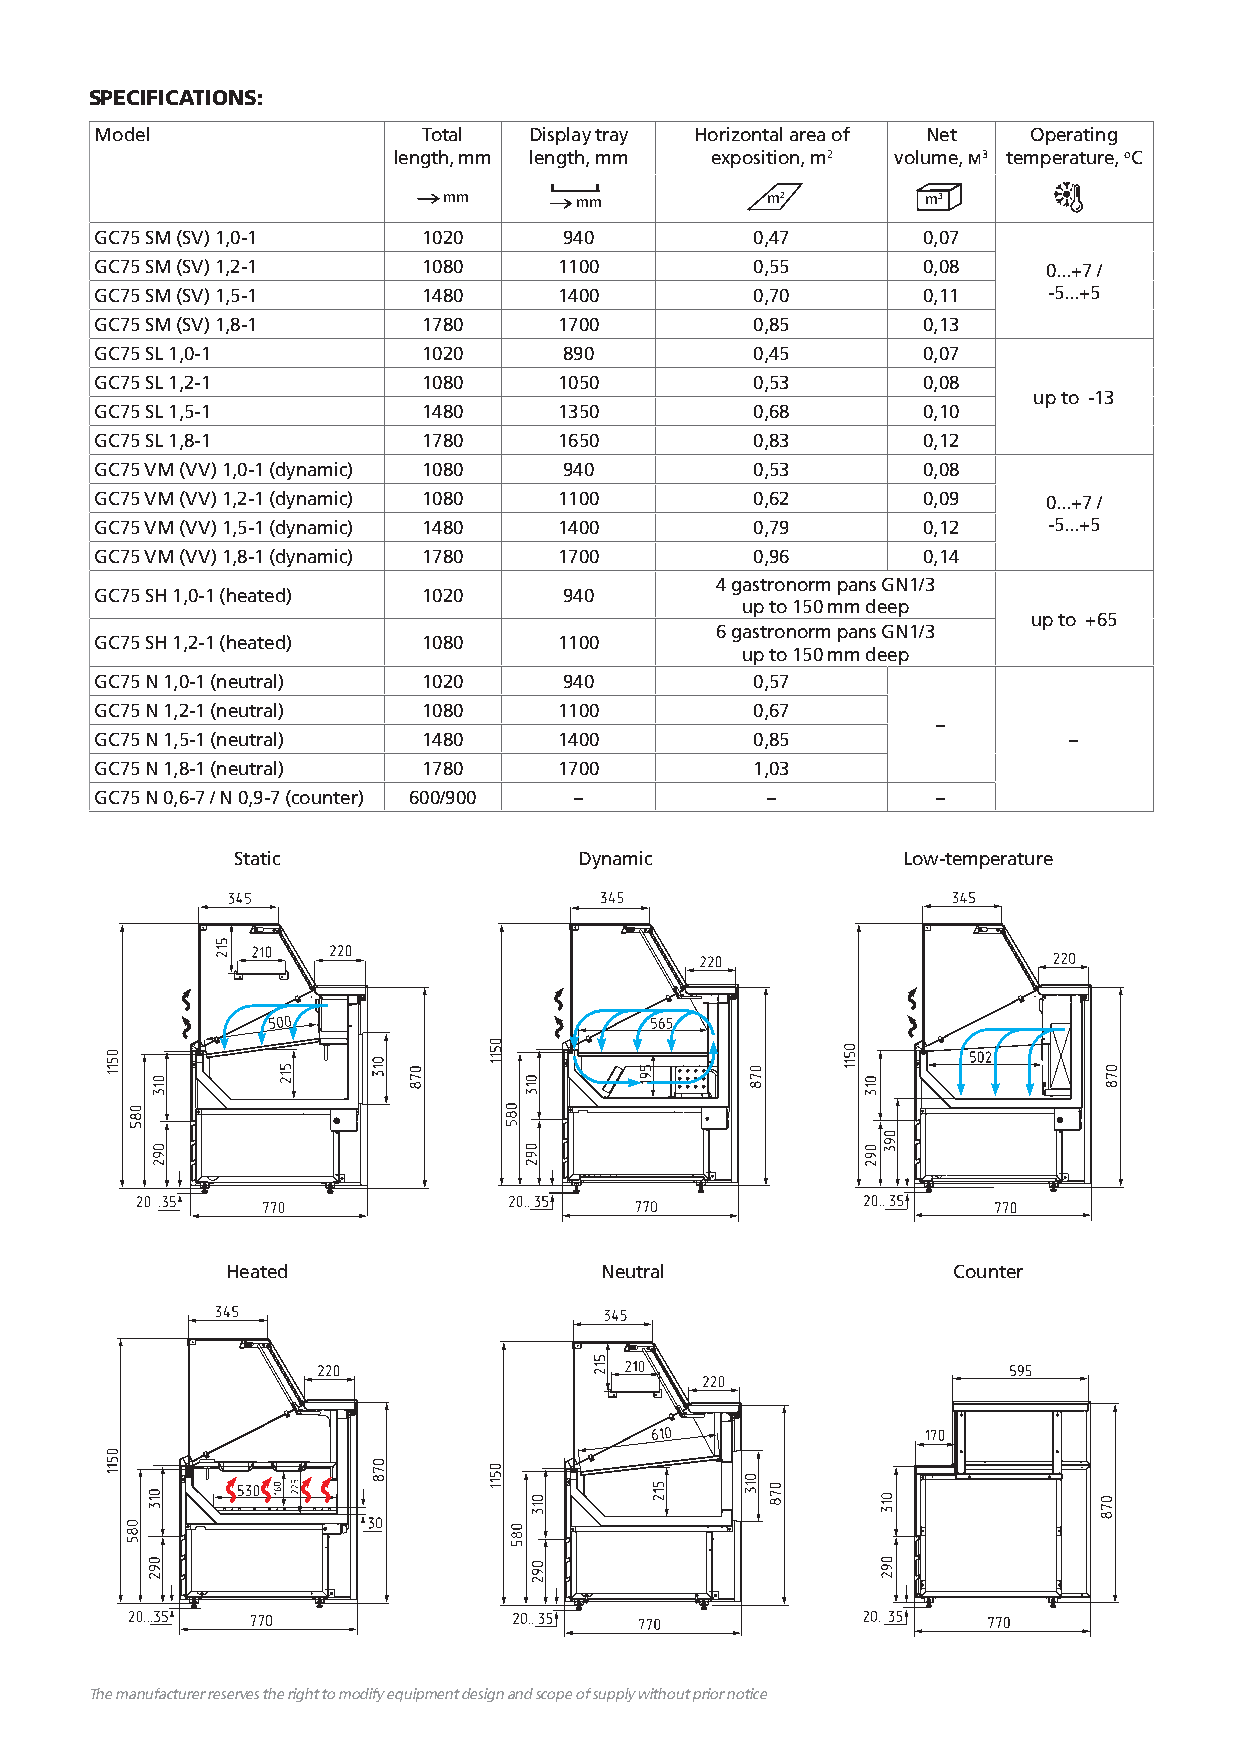
SPECIFICATIONS:
 Model                 Total  Display tray Horizontal area of Net Operating
 length, mm length, mm exposition, m2 volume, м3 temperature, оС
 mm       mm           m2        m3
 GC75 SM (SV) 1,0-1    1020     940          0,47       0,07
 GС75 SM (SV) 1,2-1    1080     1100         0,55       0,08    0...+7 /
 GС75 SM (SV) 1,5-1    1480     1400         0,70       0,11    -5...+5
 GС75 SM (SV) 1,8-1    1780     1700         0,85       0,13
 GС75 SL 1,0-1         1020     890          0,45       0,07
 GС75 SL 1,2-1         1080     1050         0,53       0,08
 up to -13
 GС75 SL 1,5-1         1480     1350         0,68       0,10
 GС75 SL 1,8-1         1780     1650         0,83       0,12
 GС75 VM (VV) 1,0-1 (dynamic) 1080 940       0,53       0,08
 GС75 VM (VV) 1,2-1 (dynamic) 1080 1100      0,62       0,09    0...+7 /
 GС75 VM (VV) 1,5-1 (dynamic) 1480 1400      0,79       0,12    -5...+5
 GС75 VM (VV) 1,8-1 (dynamic) 1780 1700      0,96       0,14
 4 gastronorm pans GN1/3
 GС75 SH 1,0-1 (heated) 1020    940
 up to 150 mm deep
 up to +65
 6 gastronorm pans GN1/3
 GС75 SH 1,2-1 (heated) 1080    1100
 up to 150 mm deep
 GС75 N 1,0-1 (neutral) 1020    940          0,57
 GС75 N 1,2-1 (neutral) 1080    1100         0,67
 –
 GС75 N 1,5-1 (neutral) 1480    1400         0,85                 –
 GС75 N 1,8-1 (neutral) 1780    1700         1,03
 GС75 N 0,6-7 / N 0,9-7 (counter) 600/900 –   –          –
 Static                 Dynamic               Low-temperature
 Heated                   Neutral                Counter
 The manufacturer reserves the right to modify equipment design and scope of supply without prior notice